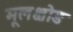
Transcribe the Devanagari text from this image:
मूलक्षोड